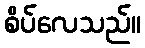
စိပ်လေသည်။